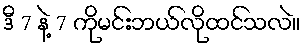
ဒီ 7 နဲ့ 7 ကိုမင်းဘယ်လိုထင်သလဲ။